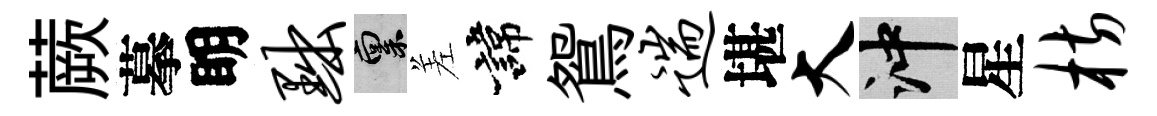
蕨摹眀黜禀差諱鴛遄堪大冲星枋